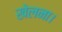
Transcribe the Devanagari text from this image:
खेलना।